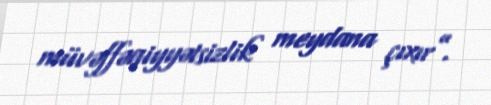
müvəffəqiyyətsizlik meydana çıxır”.